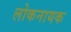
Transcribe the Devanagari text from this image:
लोकनायक